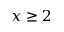
x \ge 2